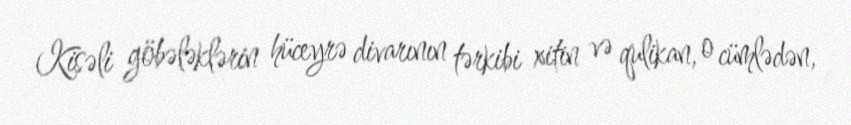
Kisəli göbələklərin hüceyrə divarının tərkibi xitin və qulikan, o cümlədən,